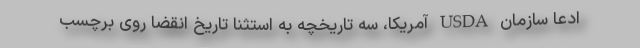
ادعا سازمان USDA آمریکا، سه تاریخچه به استثنا تاریخ انقضا روی برچسب